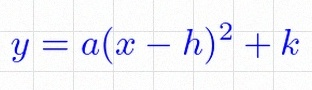
y=a(x-h)^2+k